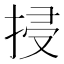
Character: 𢬶